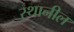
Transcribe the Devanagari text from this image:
स्थानील